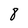
Character: 8